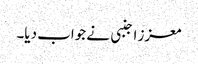
معزز اجنبی نے جواب دیا۔